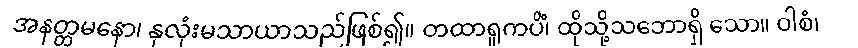
အနတ္တမနော၊ နှလုံးမသာယာသည်ဖြစ်၍။ တထာရူကပိံ၊ ထိုသို့သဘောရှိ သော။ ဝါစံ၊